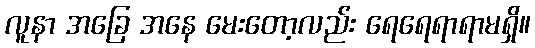
လူနာ အခြေ အနေ မေးတော့လည်း ရေရေရာရာမရှိ။